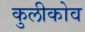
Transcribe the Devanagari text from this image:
कुलीकोव